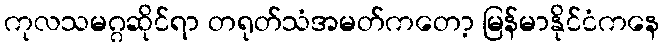
ကုလသမဂ္ဂဆိုင်ရာ တရုတ်သံအမတ်ကတော့ မြန်မာနိုင်ငံကနေ